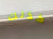
كذلك